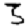
Digit: 3